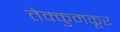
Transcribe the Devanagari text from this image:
तेक्कुमकूर